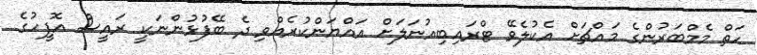
ހަތް މެމްބަރުންގެ މައްޗަށް އެކުލެވޭ ޓްރައިބިއުނަލަށް އައްޔަންކުރެއްވި ދެ ބޭފުޅުންނަކީ ރައީސް އޮފީހުގެ